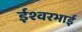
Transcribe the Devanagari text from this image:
ईश्वरभाई